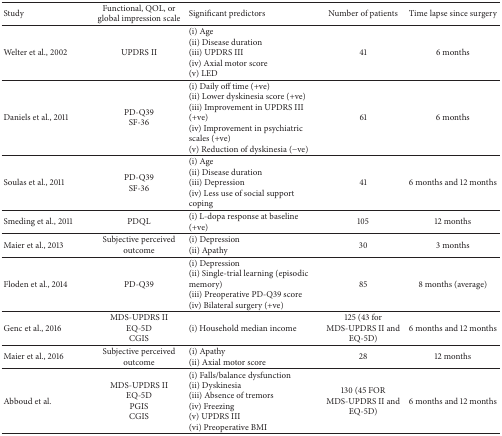
| Study | Functional, QOL, or global impression scale | Significant predictors | Number of patients | Time lapse since surgery |
 | --- | --- | --- | --- | --- |
 | Welter et al., 2002 | UPDRS II | (i) Age(ii) Disease duration(iii) UPDRS III(iv) Axial motor score(v) LED | 41 | 6 months |
 | Daniels et al., 2011 | PD-Q39SF-36 | (i) Daily off time (+ve)(ii) Lower dyskinesia score (+ve)(iii) Improvement in UPDRS III (+ve)(iv) Improvement in psychiatric scales (+ve)(v) Reduction of dyskinesia (−ve) | 61 | 6 months |
 | Soulas et al., 2011 | PD-Q39SF-36 | (i) Age(ii) Disease duration(iii) Depression(iv) Less use of social support coping | 41 | 6 months and 12 months |
 | Smeding et al., 2011 | PDQL | (i) L-dopa response at baseline (+ve) | 105 | 12 months |
 | Maier et al., 2013 | Subjective perceived outcome | (i) Depression(ii) Apathy | 30 | 3 months |
 | Floden et al., 2014 | PD-Q39 | (i) Depression(ii) Single-trial learning (episodic memory)(iii) Preoperative PD-Q39 score(iv) Bilateral surgery (+ve) | 85 | 8 months (average) |
 | Genc et al., 2016 | MDS-UPDRS IIEQ-5DCGIS | (i) Household median income | 125 (43 for MDS-UPDRS II and EQ-5D) | 6 months and 12 months |
 | Maier et al., 2016 | Subjective perceived outcome | (i) Apathy(ii) Axial motor score | 28 | 12 months |
 | Abboud et al. | MDS-UPDRS IIEQ-5DPGISCGIS | (i) Falls/balance dysfunction(ii) Dyskinesia(iii) Absence of tremors(iv) Freezing(v) UPDRS III(vi) Preoperative BMI | 130 (45 FOR MDS-UPDRS II and EQ-5D) | 6 months and 12 months |